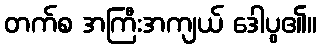
တက်စ အကြီးအကျယ် ဒေါပွ၏။